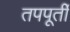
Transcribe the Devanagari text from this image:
तपपूर्ती